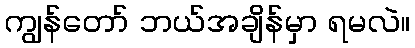
ကျွန်တော် ဘယ်အချိန်မှာ ရမလဲ။